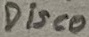
Text: Disco